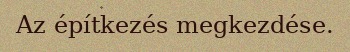
Az építkezés megkezdése.